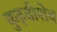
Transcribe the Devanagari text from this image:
कुइबीशेव